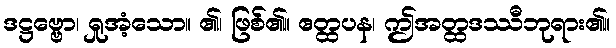
ဒဋ္ဌဗ္ဗော၊ ရှုအံ့သော။ ၏၊ ဖြစ်၏။ ဧတ္ထပန၊ ဤအတ္ထဒဿီဘုရား၏။